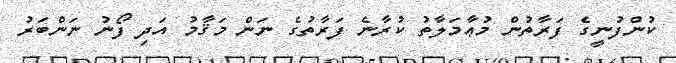
ކުންފުނީގެ ފަރާތުން މުޢާމަލާތު ކުރާނެ ފަރާތުގެ ނަން މަޤާމު އަދި ފޯނު ނަންބަރު